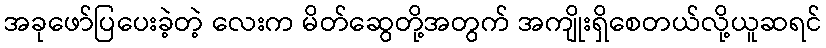
အခုဖော်ပြပေးခဲ့တဲ့ လေးက မိတ်ဆွေတို့အတွက် အကျိုးရှိစေတယ်လို့ယူဆရင်